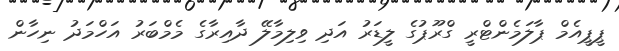
ޕީޕީއެމް ޕާލަމެންޓްރީ ގްރޫޕުގެ ލީޑަރު އަދި ވިލިމާލޭ ދާއިރާގެ މެމްބަރު އަހްމަދު ނިހާން